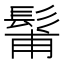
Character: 𩭗